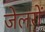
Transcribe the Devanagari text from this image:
जेलरों